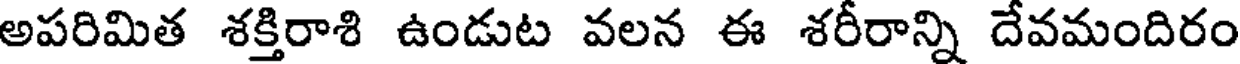
అపరిమిత శక్తిరాశి ఉండుట వలన ఈ శరీరాన్ని దేవమందిరం